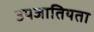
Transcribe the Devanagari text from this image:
उपजातियता